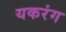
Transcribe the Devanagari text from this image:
यकरंग